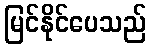
မြင်နိုင်ပေသည်